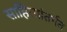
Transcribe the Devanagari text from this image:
साहित्यांतर्गत